Indian journal of veterinary science and animal husbandry - Volume 10,
Year: 1940
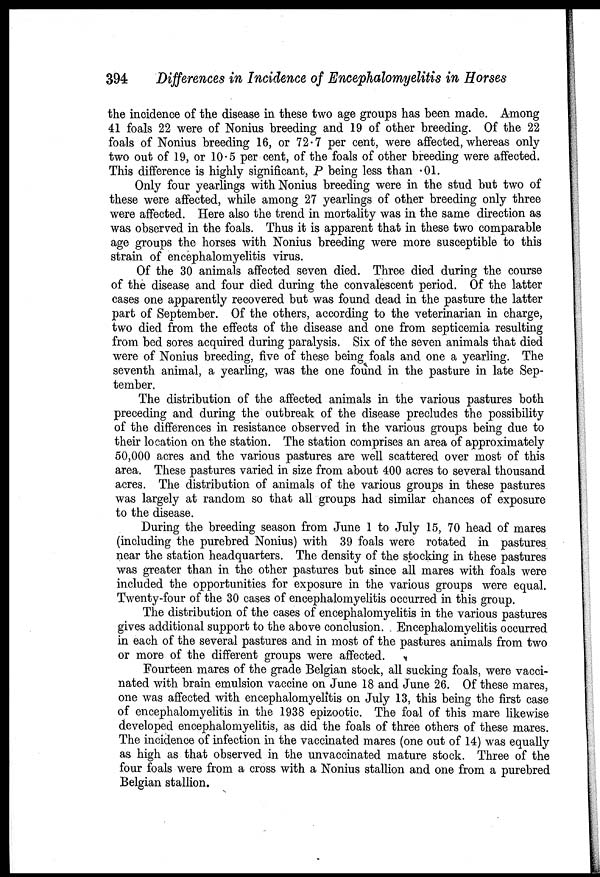
394
Differences in Incidence of Encephalomyelitis in Horses
the incidence of the disease in these two age groups has been made. Among
41 foals 22 were of Nonius breeding and 19 of other breeding. Of the 22
foals of Nonius breeding 16, or 72.7 per cent, were affected, whereas only
two out of 19, or 10.5 per cent, of the foals of other breeding were affected.
This difference is highly significant, P being less than .01.
Only four yearlings with Nonius breeding were in the stud but two of
these were affected, while among 27 yearlings of other breeding only three
were affected. Here also the trend in mortality was in the same direction as
was observed in the foals. Thus it is apparent that in these two comparable
age groups the horses with Nonius breeding were more susceptible to this
strain of encephalomyelitis virus.
Of the 30 animals affected seven died. Three died during the course
of the disease and four died during the convalescent period. Of the latter
cases one apparently recovered but was found dead in the pasture the latter
part of September. Of the others, according to the veterinarian in charge,
two died from the effects of the disease and one from septicemia resulting
from bed sores acquired during paralysis. Six of the seven animals that died
were of Nonius breeding, five of these being foals and one a yearling. The
seventh animal, a yearling, was the one found in the pasture in late Sep-
tember.
The distribution of the affected animals in the various pastures both
preceding and during the outbreak of the disease precludes the possibility
of the differences in resistance observed in the various groups being due to
their location on the station. The station comprises an area of approximately
50,000 acres and the various pastures are well scattered over most of this
area. These pastures varied in size from about 400 acres to several thousand
acres. The distribution of animals of the various groups in these pastures
was largely at random so that all groups had similar chances of exposure
to the disease.
During the breeding season from June 1 to July 15, 70 head of mares
(including the purebred Nonius) with 39 foals were rotated in pastures
near the station headquarters. The density of the stocking in these pastures
was greater than in the other pastures but since all mares with foals were
included the opportunities for exposure in the various groups were equal.
Twenty-four of the 30 cases of encephalomyelitis occurred in this group.
The distribution of the cases of encephalomyelitis in the various pastures
gives additional support to the above conclusion. Encephalomyelitis occurred
in each of the several pastures and in most of the pastures animals from two
or more of the different groups were affected.
Fourteen mares of the grade Belgian stock, all sucking foals, were vacci-
nated with brain emulsion vaccine on June 18 and June 26. Of these mares,
one was affected with encephalomyelitis on July 13, this being the first case
of encephalomyelitis in the 1938 epizootic. The foal of this mare likewise
developed encephalomyelitis, as did the foals of three others of these mares.
The incidence of infection in the vaccinated mares (one out of 14) was equally
as high as that observed in the unvaccinated mature stock. Three of the
four foals were from a cross with a Nonius stallion and one from a purebred
Belgian stallion.